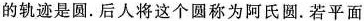
的轨迹是圆。后人将这个圆称为阿氏圆。若平面